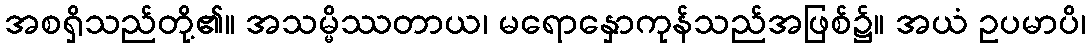
အစရှိသည်တို့၏။ အသမ္မိဿတာယ၊ မရောနှောကုန်သည်အဖြစ်၌။ အယံ ဥပမာပိ၊